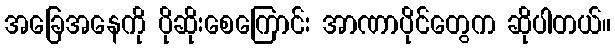
အခြေအနေကို ပိုဆိုးစေကြောင်း အာဏာပိုင်တွေက ဆိုပါတယ်။